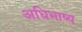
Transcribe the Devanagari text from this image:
अधिभाष्य